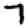
Digit: 7